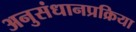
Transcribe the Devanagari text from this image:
अनुसंधानप्रक्रिया